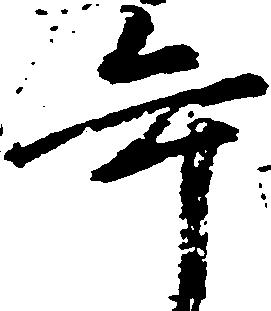
年